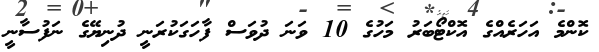
ކޮންމެ އަހަރެއްގެ އޮކްޓޯބަރު މަހުގެ 10 ވަނަ ދުވަސް ފާހަގަކުރަނީ ދުނިޔޭގެ ނަފުސާނީ